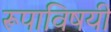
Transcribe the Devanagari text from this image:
रूपाविषयी